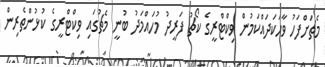
މެޗަށްފަހު ވާހަކަދައްކަމުން ވިކްޓްރީގެ ކޯޗު ފަރީދު މުހައްމަދު ބުނީ މެޗުގައި ވިކްޓްރީގެ ކުޅުންތެރިން